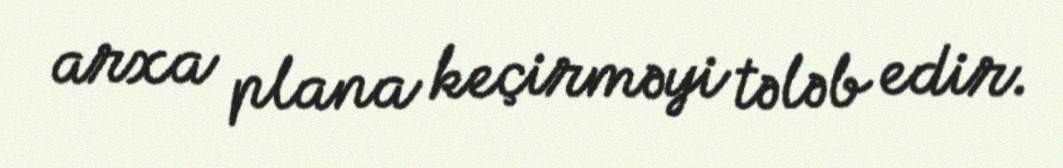
arxa plana keçirməyi tələb edir.